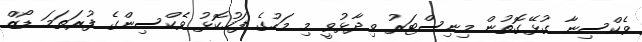
ވެކްސިނާ ގުޅޭގޮތުން މިނިސްޓަރު ވިދާޅުވީ މި މަހުގެ ފަހުކޮޅު ވެކްސިންގެ ފުރަތަމަ ޑޯޒް